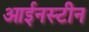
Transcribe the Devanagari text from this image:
आईनस्टीन